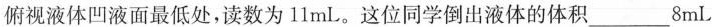
俯视液体凹液面最低处，读数为11mL。这位同学倒出液体的体积___8mL